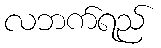
လဘက်ရည်